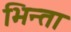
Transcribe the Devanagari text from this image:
भिन्ता